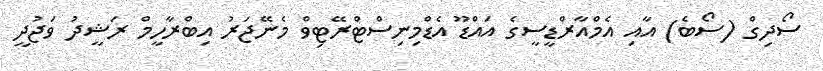
ސޯދިގް (ސޯބެ) އާއި އެމްއާރްޑީސީގެ އައްޑޫ އެޑްމިނިސްޓްރޭޓިވް މެނޭޖަރު އިބްރާހީމް ރަޝީދު ވަޖުދީ